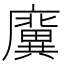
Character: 𢋸